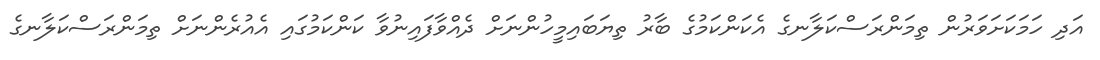
އަދި ހަމަކަށަވަރުން ތިމަންރަސްކަލާނގެ އެކަންކަމުގެ ބާރު ތިޔަބައިމީހުންނަށް ދެއްވާފައިނުވާ ކަންކަމުގައި އެއުރެންނަށް ތިމަންރަސްކަލާނގެ